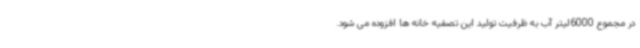
در مجموع 6000لیتر آب به ظرفیت تولید این تصفیه خانه ها افزوده می شود.